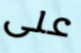
على